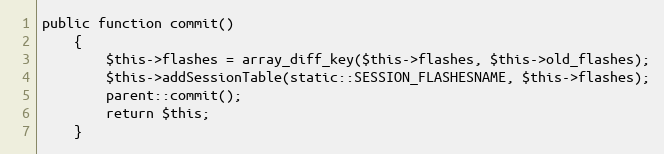
Language: PHP
public function commit()
    {
        $this->flashes = array_diff_key($this->flashes, $this->old_flashes);
        $this->addSessionTable(static::SESSION_FLASHESNAME, $this->flashes);
        parent::commit();
        return $this;
    }